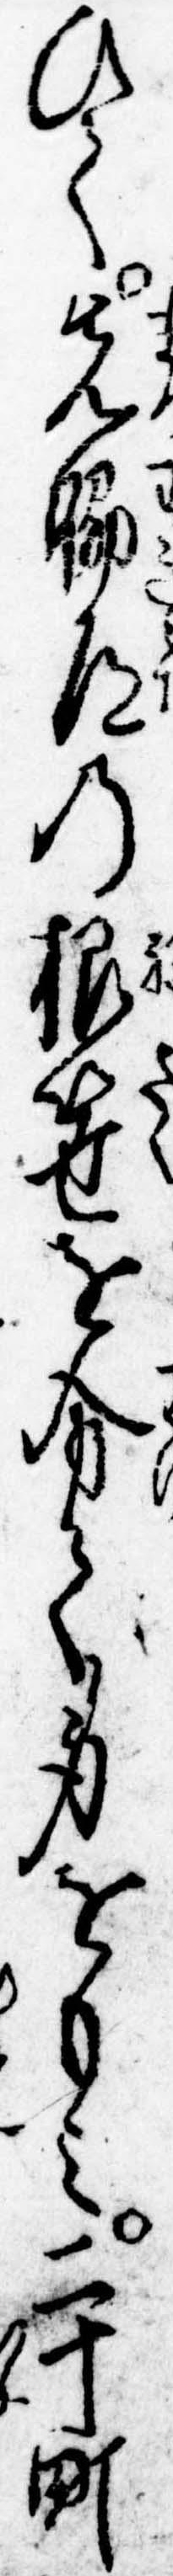
ひて先脇道の根笹を分て身をもみ二十町